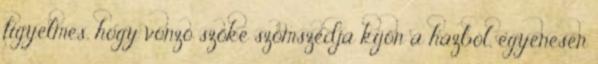
figyelmes, hogy vonzó szőke szomszédja kijön a házból, egyenesen